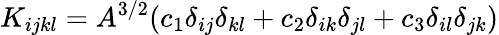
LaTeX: K_{ijkl}=A^{3/2}(c_{1}\delta_{ij}\delta_{kl}+c_{2}\delta_{ik}\delta_{jl}+c_{3}\delta_{il}\delta_{jk})